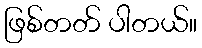
ဖြစ်တတ် ပါတယ်။